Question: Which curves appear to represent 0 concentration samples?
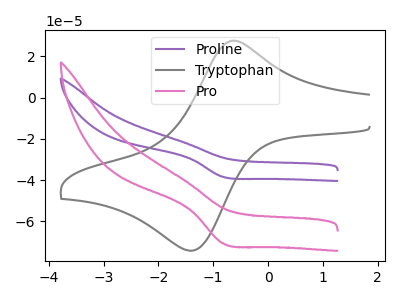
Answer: <think>The purple curve "Proline" has a cathodic peak at: (-0.85V, -38.35uA). The gray curve "Tryptophan" has an anodic peak at (-0.65V, 27.55uA) and a cathodic peak at (-1.35V, -73.90uA). The pink curve "Pro" has a cathodic peak at: (-0.85V, -70.50uA).</think>
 <answer>There are not any CV's on this graph that are likely to be blanks.</answer>
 <eval>none</eval>